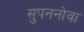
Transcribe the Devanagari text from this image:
सुपननोवा